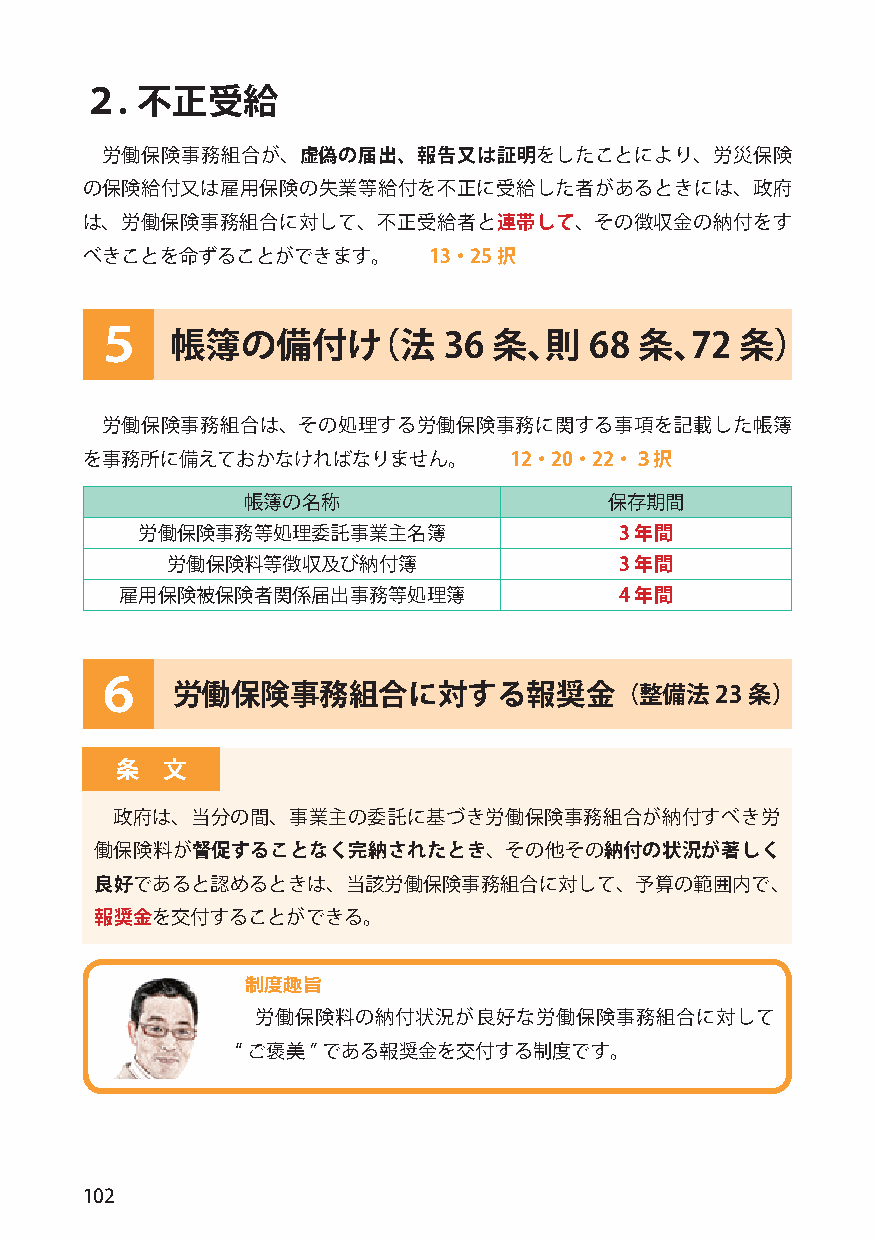
２.  不正受給
 労働保険事務組合が、虚偽の届出、報告又は証明をしたことにより、労災保険
 の保険給付又は雇用保険の失業等給付を不正に受給した者があるときには、政府
 は、労働保険事務組合に対して、不正受給者と連帯して、その徴収金の納付をす
 べきことを命ずることができます。       13・25択
 ５    帳簿の備付け（法          36  条、則   68 条、72   条）
 労働保険事務組合は、その処理する労働保険事務に関する事項を記載した帳簿
 を事務所に備えておかなければなりません。         12・20・22・３択
 帳簿の名称                   保存期間
 労働保険事務等処理委託事業主名簿                3 年間
 労働保険料等徴収及び納付簿                 3 年間
 雇用保険被保険者関係届出事務等処理簿               4 年間
 ６    労働保険事務組合に対する報奨金（整備法23                  条）
 条  文
 政府は、当分の間、事業主の委託に基づき労働保険事務組合が納付すべき労
 働保険料が督促することなく完納されたとき、その他その納付の状況が著しく
 良好であると認めるときは、当該労働保険事務組合に対して、予算の範囲内で、
 報奨金を交付することができる。
 制度趣旨
 労働保険料の納付状況が良好な労働保険事務組合に対して
 “ご褒美”である報奨金を交付する制度です。
 102